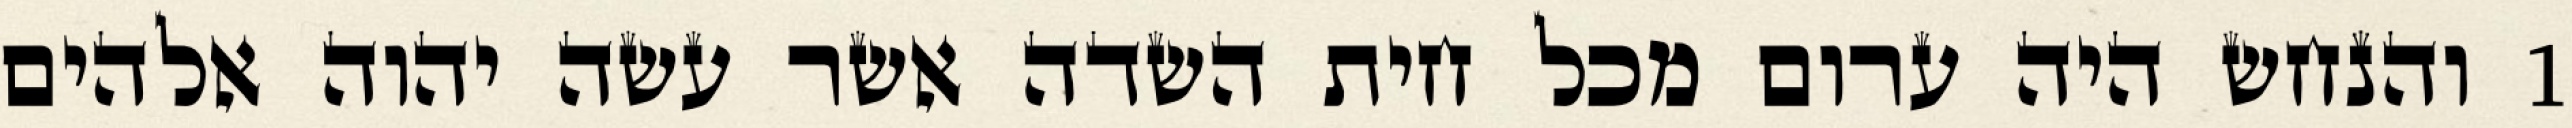
1 והנחש היה ערום מכל חית השדה אשר עשה יהוה אלהים